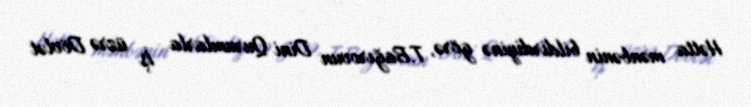
Hətta mənbənin bildirdiyinə görə, T.Bağırovun Dini Qurumlarla İş üzrə Dövlət